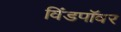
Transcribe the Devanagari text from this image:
विंडपॉवर